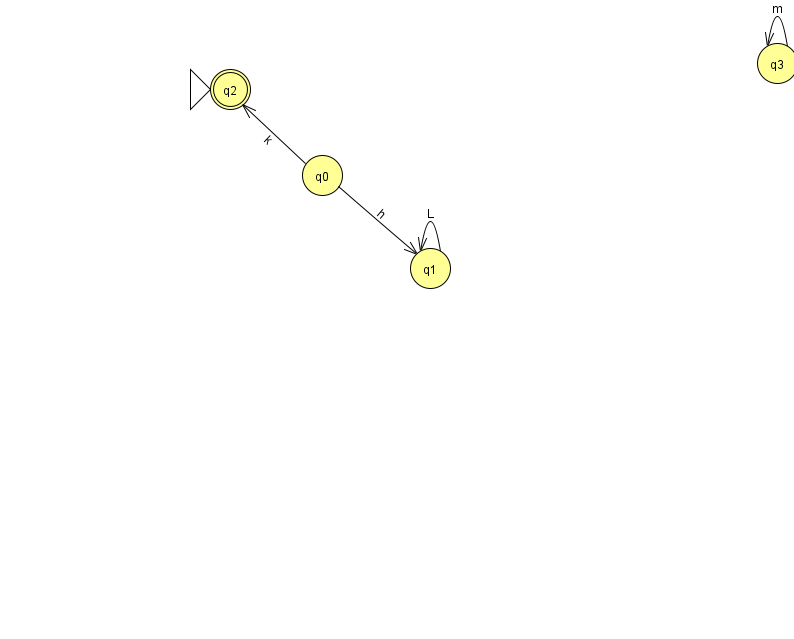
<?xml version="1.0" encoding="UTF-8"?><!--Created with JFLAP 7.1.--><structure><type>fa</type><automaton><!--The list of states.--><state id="0" name="q0"><x>322.0</x><y>162.0</y></state><state id="1" name="q1"><x>430.0</x><y>255.0</y></state><state id="2" name="q2"><x>230.0</x><y>76.0</y><initial/><final/></state><state id="3" name="q3"><x>777.0</x><y>50.0</y></state><!--The list of transitions.--><transition><from>0</from><to>2</to><read>k</read></transition><transition><from>0</from><to>1</to><read>h</read></transition><transition><from>1</from><to>1</to><read>L</read></transition><transition><from>3</from><to>3</to><read>m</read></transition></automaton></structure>